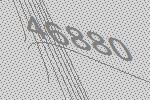
46880